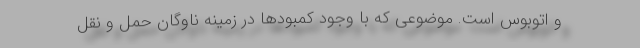
و اتوبوس است. موضوعی که با وجود کمبودها در زمینه ناوگان حمل و نقل